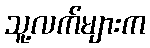
သူ့လက်များက